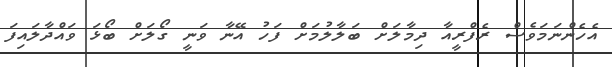
އެހެންނަމަވެސް ރެފްރީއާ ދިމާލަށް ބަލާލުމަށް ފަހު އޭނާ ވަނީ ގޯލަށް ބޯޅަ ވައްދާލައިފަ